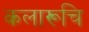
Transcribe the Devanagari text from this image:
कलारूचि